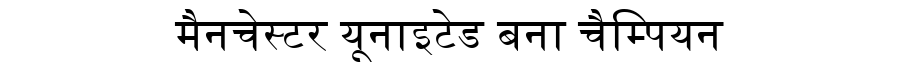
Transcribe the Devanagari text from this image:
मैनचेस्टर यूनाइटेड बना चैम्पियन